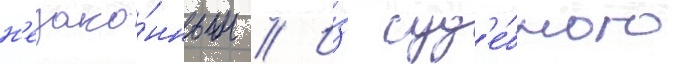
н'езако́нным // И́з суд'е́бного